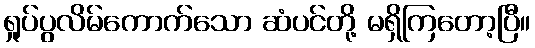
ရှုပ်ပွလိမ်ကောက်သော ဆံပင်တို့ မရှိကြတော့ပြီ။